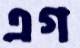
এগ